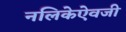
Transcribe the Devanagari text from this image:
नलिकेऐवजी